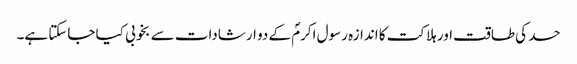
حسد کی طاقت اور ہلاکت کا اندازہ رسول اکرمؐ کے دو ارشادات سے بخوبی کیا جاسکتا ہے۔